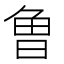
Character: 𭦌